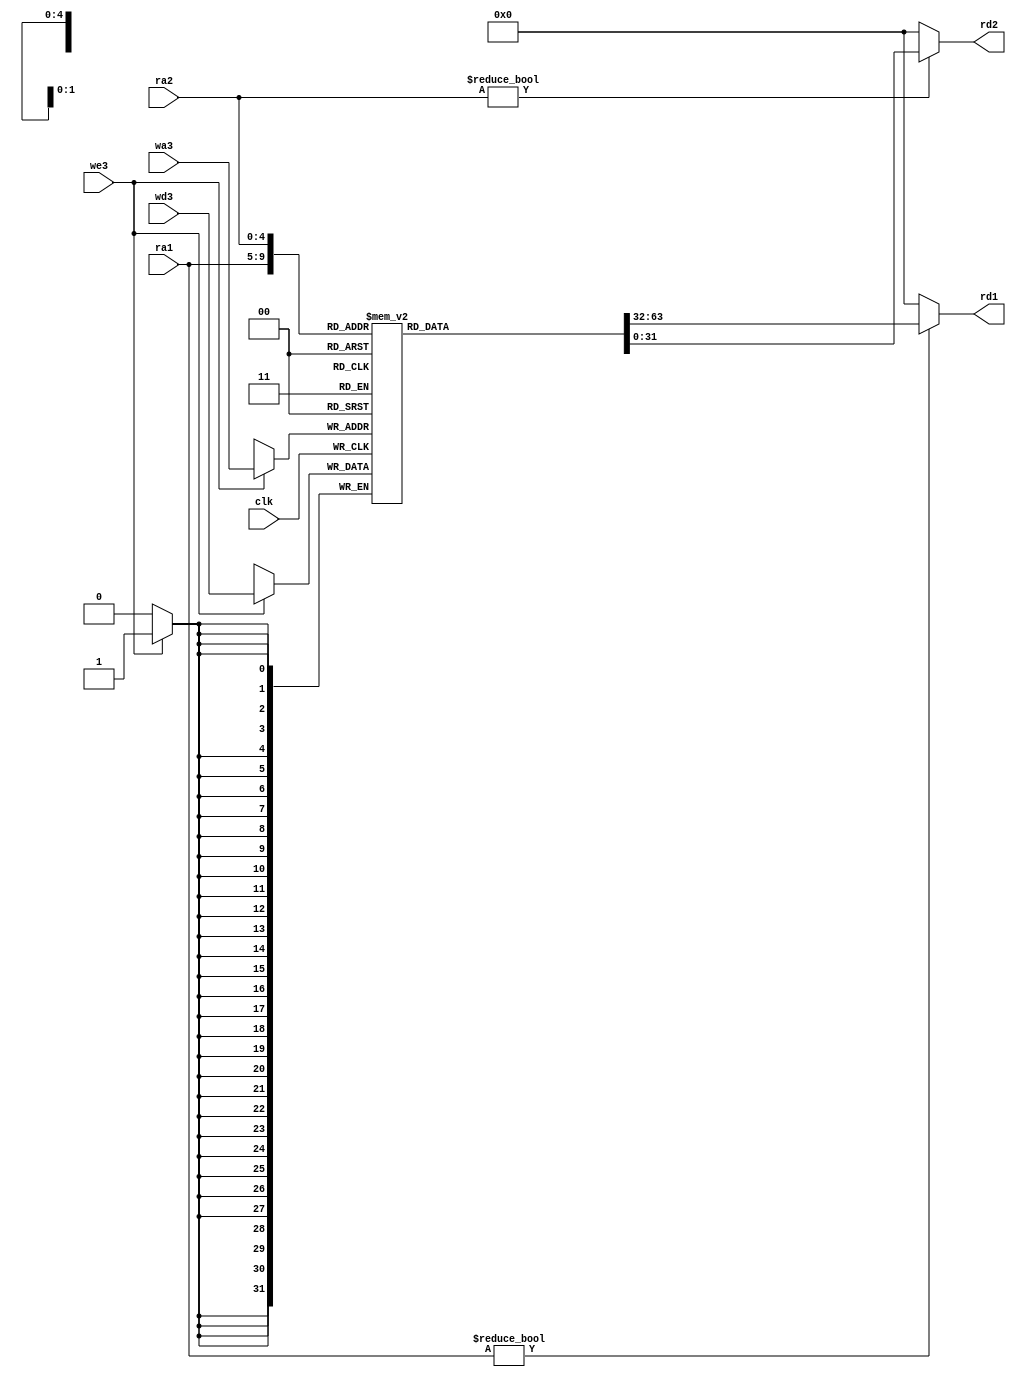
`timescale 1ns / 1ps
//////////////////////////////////////////////////////////////////////////////////
// Company: 
// 
// Design Name: 
// Module Name:    reg_file 
// Project Name: 
// Target Devices: 
// Tool versions: 
// Description: 
//
// Dependencies: 
//
// Revision: 
// Revision 0.01 - File Created
// Additional Comments: 
//
//////////////////////////////////////////////////////////////////////////////////
module reg_file(input 	    clk, 
               input       we3, 
               input [4:0]  ra1, ra2, wa3, 
               input [31:0] wd3, 
               output [31:0] rd1, rd2);

  reg [31:0] rf[31:0];

  // three ported register file
  // read two ports combinationally
  // write third port on rising edge of clock
  // register 0 hardwired to 0

  always @(posedge clk)
    if (we3) rf[wa3] <= wd3;	

  assign rd1 = (ra1 != 0) ? rf[ra1] : 0;
  assign rd2 = (ra2 != 0) ? rf[ra2] : 0;
endmodule